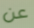
عن